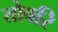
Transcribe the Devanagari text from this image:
तोवरि